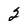
Character: 2